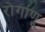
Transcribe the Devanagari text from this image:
रोगाणू